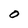
Character: O